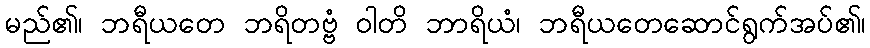
မည်၏၊ ဘရီယတေ ဘရိတဗ္ဗံ ဝါတိ ဘာရိယံ၊ ဘရီယတေဆောင်ရွက်အပ်၏၊